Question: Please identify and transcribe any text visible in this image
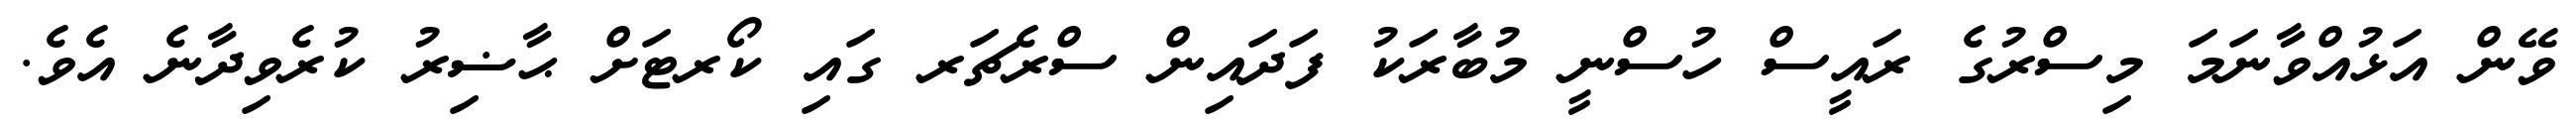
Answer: ވޭން އަޅުއްވާނަމަ މިސްރުގެ ރައީސް ހުސްނީ މުބާރަކު ފަދައިން ސްރެޗަރ ގައި ކޯރޓަށް ޙާޟިރު ކުރެވިދާނެ އެވެ.